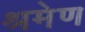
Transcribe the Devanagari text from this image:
श्रमेण